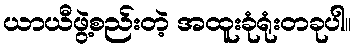
ယာယီဖွဲ့စည်းတဲ့ အထူးခုံရုံးတခုပါ။